Scottish Leaving Certificate Examination, 1956
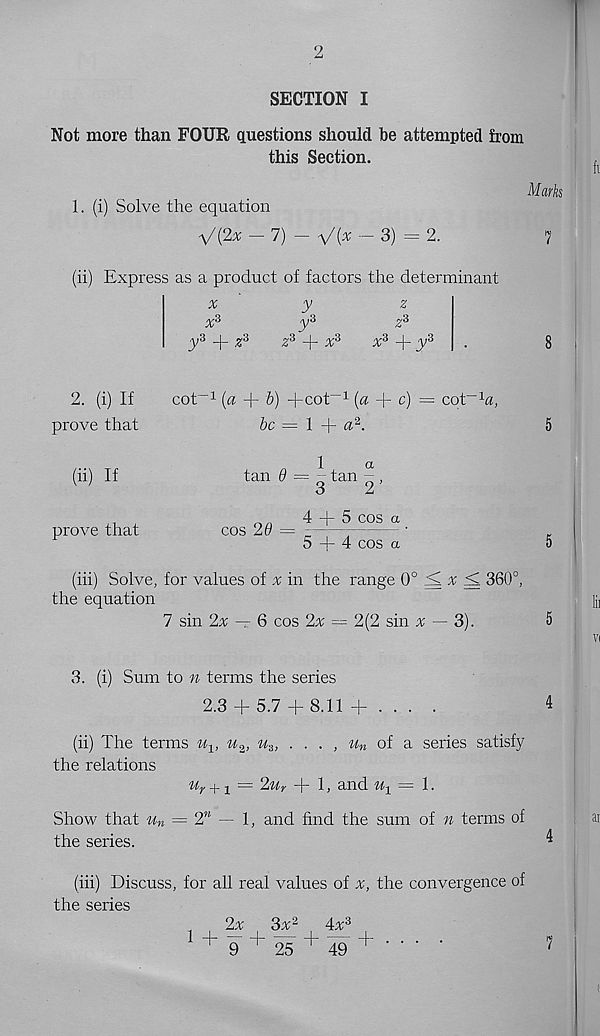
2
SECTION I
Not more than FOUR questions should be attempted from
this Section.
1. (i) Solve the equation
V(2% - 7) - V(x - 3) - 2.
Marks
7
(ii) Express as a product of factors the determinant
x
y
yS
y 3 +
z d -y x 3
x 3
y 3
2. (i) If
cot 1 (a + b) +cot 1 (a + c) = cot" 1 ®,
prove that
be — 1 + ® 2 .
(ii) If
prove that
tan 6 — - tan
3
a
2’
cos 29 =
4 -|- 5 cos a
5 + 4 cos a
5
5
(hi) Solve, for values of x in the range 0° ^ ^ + 360°,
the equation
7 sin 2x — 6 cos 2x == 2(2 sin x — 3).
5
3. (i) Sum to n terms the series
2.3 + 5.7 + 8.11 + . . . .
4
(ii) The terms u v u 2 , u 3 ,
of a series satisfy
the relations
u r + 1 = 2u r + 1, and % = 1.
Show that u n = 2” — 1, and find the sum of n terms of
the series.
(hi) Discuss, for all real values of x, the convergence of
the series
1 +
2x
3x 2
4x 3
— + — + — +
9
25 1 49 ^
4